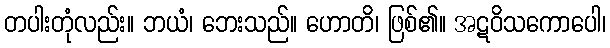
တပါးတုံလည်း။ ဘယံ၊ ဘေးသည်။ ဟောတိ၊ ဖြစ်၏။ အဋဝိသကောပေါ၊